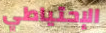
الإحتياطي